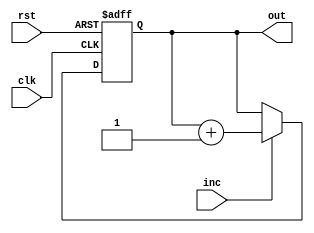
// Program Counter

`timescale 1ns/10ps

module PC(clk, inc, rst, out);
input clk, rst, inc;
output reg[15:0] out;

always @(posedge clk or posedge rst) begin
    if(rst)
        out <= 16'b0000000000000000;
    else if(inc)
        out <= out + 1;
end
endmodule